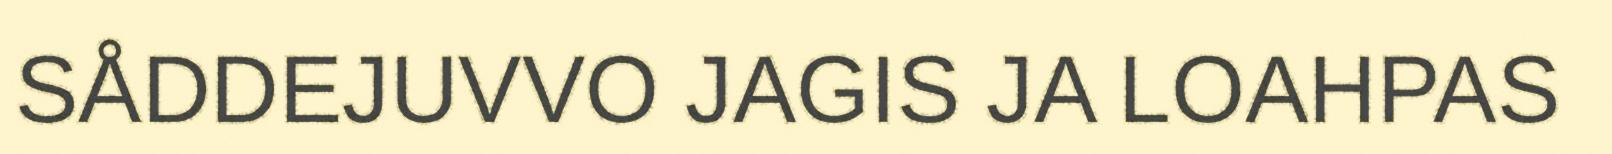
SÅDDEJUVVO JAGIS JA LOAHPAS